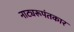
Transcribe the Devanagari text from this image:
नाट्यरूपंतकार